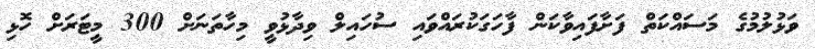
ވަޅުލުމުގެ މަސައްކަތް ފަށާފައިވާކަން ފާހަގަކުރައްވައި ސުހައިލް ވިދާޅުވީ މިހާތަނަށް 300 މީޓަރަށް ހޮޅި